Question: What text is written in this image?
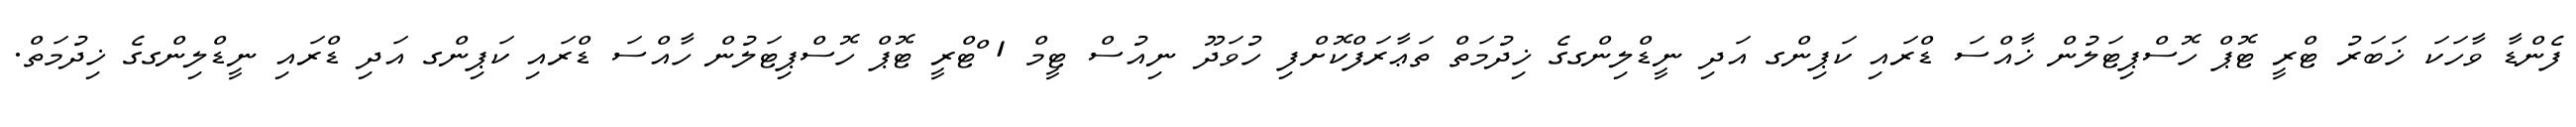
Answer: ފެންޑާ ވާހަކަ ޚަބަރު ޓްރީ ޓޮޕް ހޮސްޕިޓަލުން ޚާއްސަ ޑްރައި ކަޕިންގ އަދި ނީޑްލިންގގެ ޚިދުމަތް ތަޢާރަފްކޮށްފި ހުވަދޫ ނިއުސް ޓީމް 1 ްޓްރީ ޓޮޕް ހޮސްޕިޓަލުން ހާއްސަ ޑްރައި ކަޕިންގ އަދި ޑްރައި ނީޑްލިންގގެ ޚިދުމަތް.